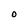
Character: O